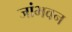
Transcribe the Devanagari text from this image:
जांभवन